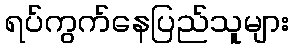
ရပ်ကွက်နေပြည်သူများ